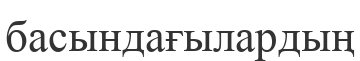
басындағылардың